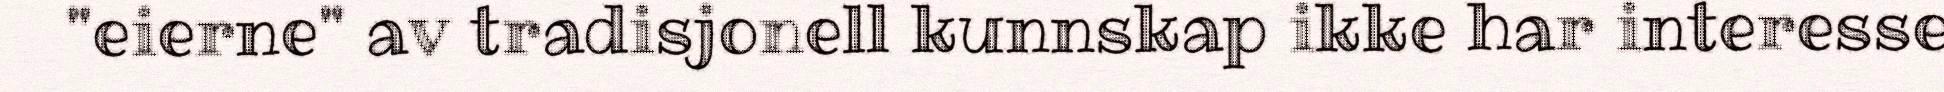
"eierne" av tradisjonell kunnskap ikke har interesse